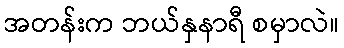
အတန်းက ဘယ်နှနာရီ စမှာလဲ။